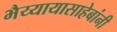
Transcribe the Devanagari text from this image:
भैय्यायासाहेबांनी